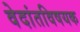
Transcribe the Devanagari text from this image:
वेदांतविषयक